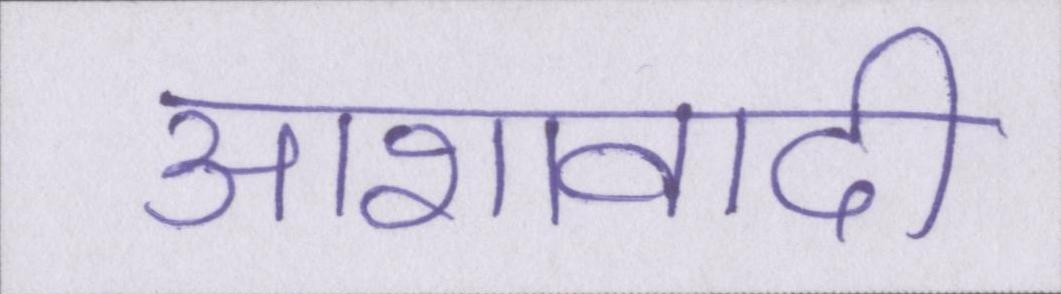
आशावादी